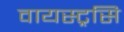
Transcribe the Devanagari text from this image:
वायस्ट्रसि